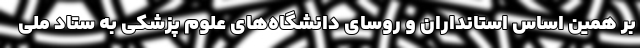
بر همین اساس استانداران و روسای دانشگاه‌های علوم پزشکی به ستاد ملی